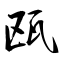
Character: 瓯